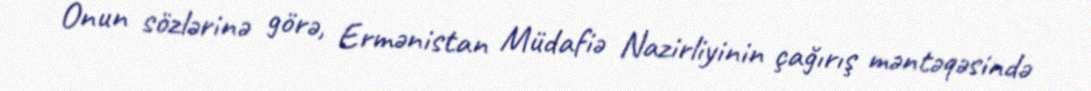
Onun sözlərinə görə, Ermənistan Müdafiə Nazirliyinin çağırış məntəqəsində